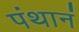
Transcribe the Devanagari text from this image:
पंथानं